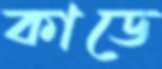
কাডে